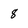
Character: 8